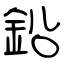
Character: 鉛